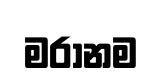
මරානම